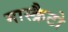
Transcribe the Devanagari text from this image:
मास्क्रैटो